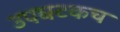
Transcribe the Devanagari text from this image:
उपघटकच